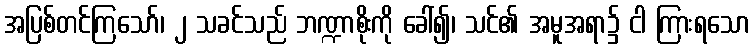
အပြစ်တင်ကြသော်၊ ၂ သခင်သည် ဘဏ္ဍာစိုးကို ခေါ်၍၊ သင်၏ အမူအရာ၌ ငါ ကြားရသော